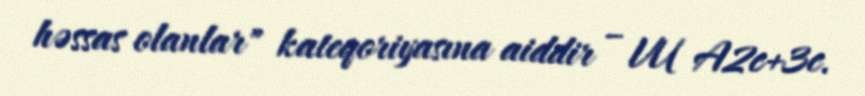
həssas olanlar" kateqoriyasına aiddir – VU A2c+3c.